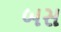
બસ